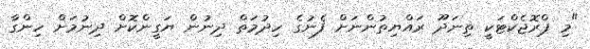
"މި ޕްރޮޖެކްޓަކީ ތިނަދޫ ރައްޔިތުންނަށް ފެނުގެ ހިދުމަތް ދިނުން ޔަގީންކޮށް ދިނުމަށް ހިންގާ